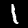
Digit: 1